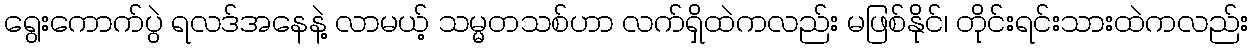
ရွေးကောက်ပွဲ ရလဒ်အနေနဲ့ လာမယ့် သမ္မတသစ်ဟာ လက်ရှိထဲကလည်း မဖြစ်နိုင်၊ တိုင်းရင်းသားထဲကလည်း